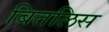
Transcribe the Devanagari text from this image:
बितलिस